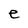
Character: e